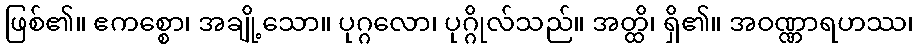
ဖြစ်၏။ ဧကစ္စော၊ အချို့သော။ ပုဂ္ဂလော၊ ပုဂ္ဂိုလ်သည်။ အတ္ထိ၊ ရှိ၏။ အဝဏ္ဏာရဟဿ၊